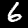
Digit: 6